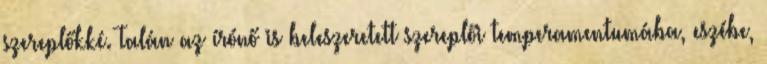
szereplőkké. Talán az írónő is beleszeretett szereplői temperamentumába, eszébe,